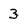
Character: 3